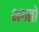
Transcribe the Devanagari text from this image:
भगतो